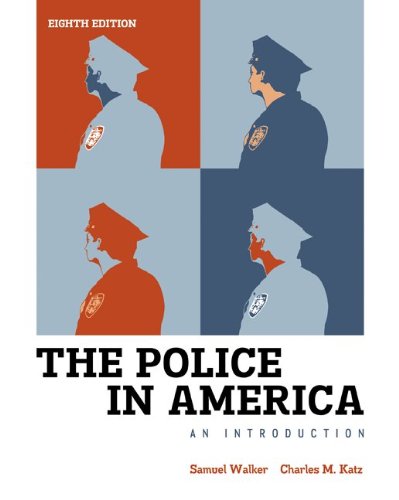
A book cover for The Police in America: An Introduction; Samuel Walker; Law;